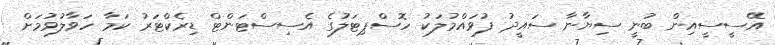
އޭސީސީއިން ބުނީ ސިޔާނާ ސައީދު ފުވައްމުލަކު ހޮސްޕިޓަލުގެ އެސިސްޓަންޓް ޑިރެކްޓަރު ކަމާ ހަވާލުވުމަށް